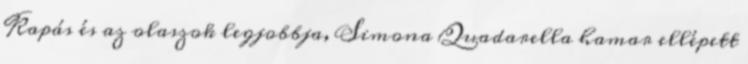
Kapás és az olaszok legjobbja, Simona Quadarella hamar ellépett